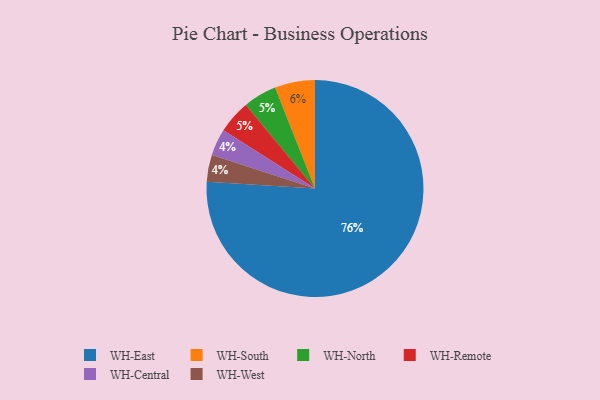
{"axis": {"x": "Category", "y": "Percentage"}, "legend": ["WH-Central", "WH-East", "WH-North", "WH-Remote", "WH-South", "WH-West"], "data": [{"x": "WH-East", "y": 76, "type": "WH-East"}, {"x": "WH-North", "y": 5, "type": "WH-North"}, {"x": "WH-Central", "y": 4, "type": "WH-Central"}, {"x": "WH-Remote", "y": 5, "type": "WH-Remote"}, {"x": "WH-South", "y": 6, "type": "WH-South"}, {"x": "WH-West", "y": 4, "type": "WH-West"}]}